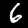
Digit: 6